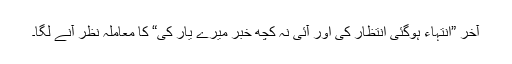
آخر ”انتہاء ہوگئی انتظار کی اور آئی نہ کچھ خبر میرے یار کی“ کا معاملہ نظر آنے لگا۔